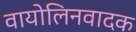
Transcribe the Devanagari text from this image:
वायोलिनवादक